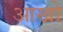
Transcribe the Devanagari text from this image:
आखो